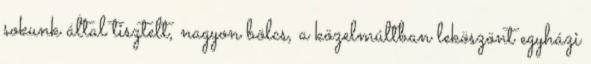
sokunk által tisztelt, nagyon bölcs, a közelmúltban leköszönt egyházi